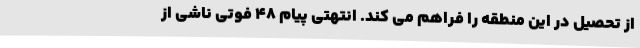
از تحصیل در این منطقه را فراهم می کند. انتهتی پیام 48 فوتی ناشی از